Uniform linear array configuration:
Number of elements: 12
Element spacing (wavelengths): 0.75
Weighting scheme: uniform
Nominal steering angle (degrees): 15
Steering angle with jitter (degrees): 15.402
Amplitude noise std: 0.05
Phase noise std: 0.05

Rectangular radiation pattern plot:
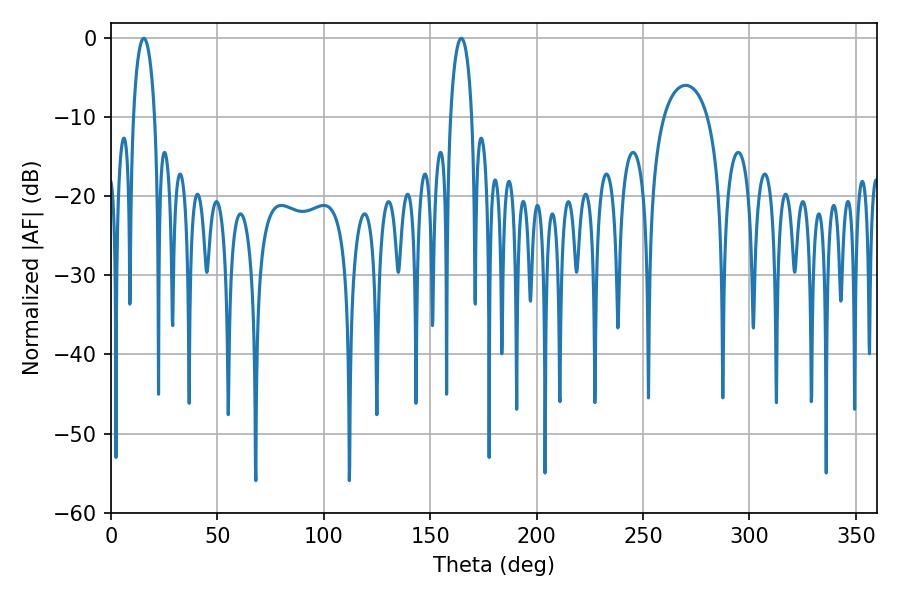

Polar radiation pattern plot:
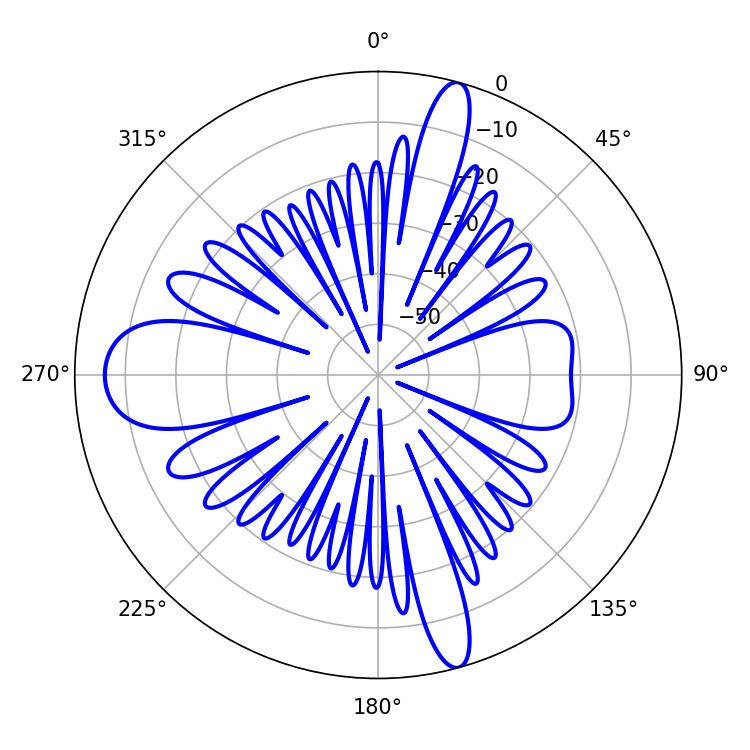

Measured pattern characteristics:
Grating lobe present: TRUE
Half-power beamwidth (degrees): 5.76
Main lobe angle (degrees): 164.52